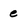
Character: e